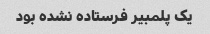
یک پلمبیر فرستاده نشده بود